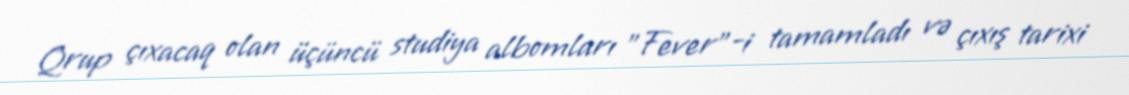
Qrup çıxacaq olan üçüncü studiya albomları "Fever"-i tamamladı və çıxış tarixi